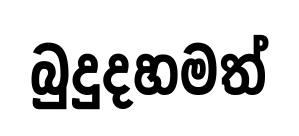
බුදුදහමත්